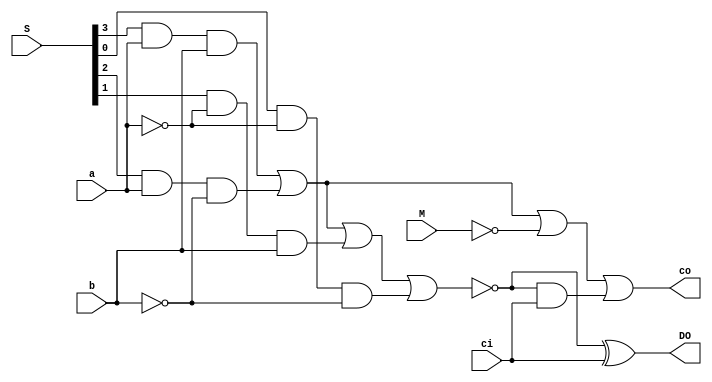
module alu_unit(
input           a ,
input           b ,
input  [3 : 0]  S ,
input           M ,
input           ci,
output          DO,
output          co
);
wire g  ; 
wire p  ; 
wire pc ;
assign p=!(S[3]&a&b | S[2]&a&!b | S[1]&!a&b | S[0]&!a&!b);
assign g=S[3]&a&b | S[2]&a&!b | !M;
xor u0 ( DO, p, ci );
and u1 ( pc, p, ci );
or  u2 ( co, g, pc );
endmodule